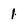
Character: 1